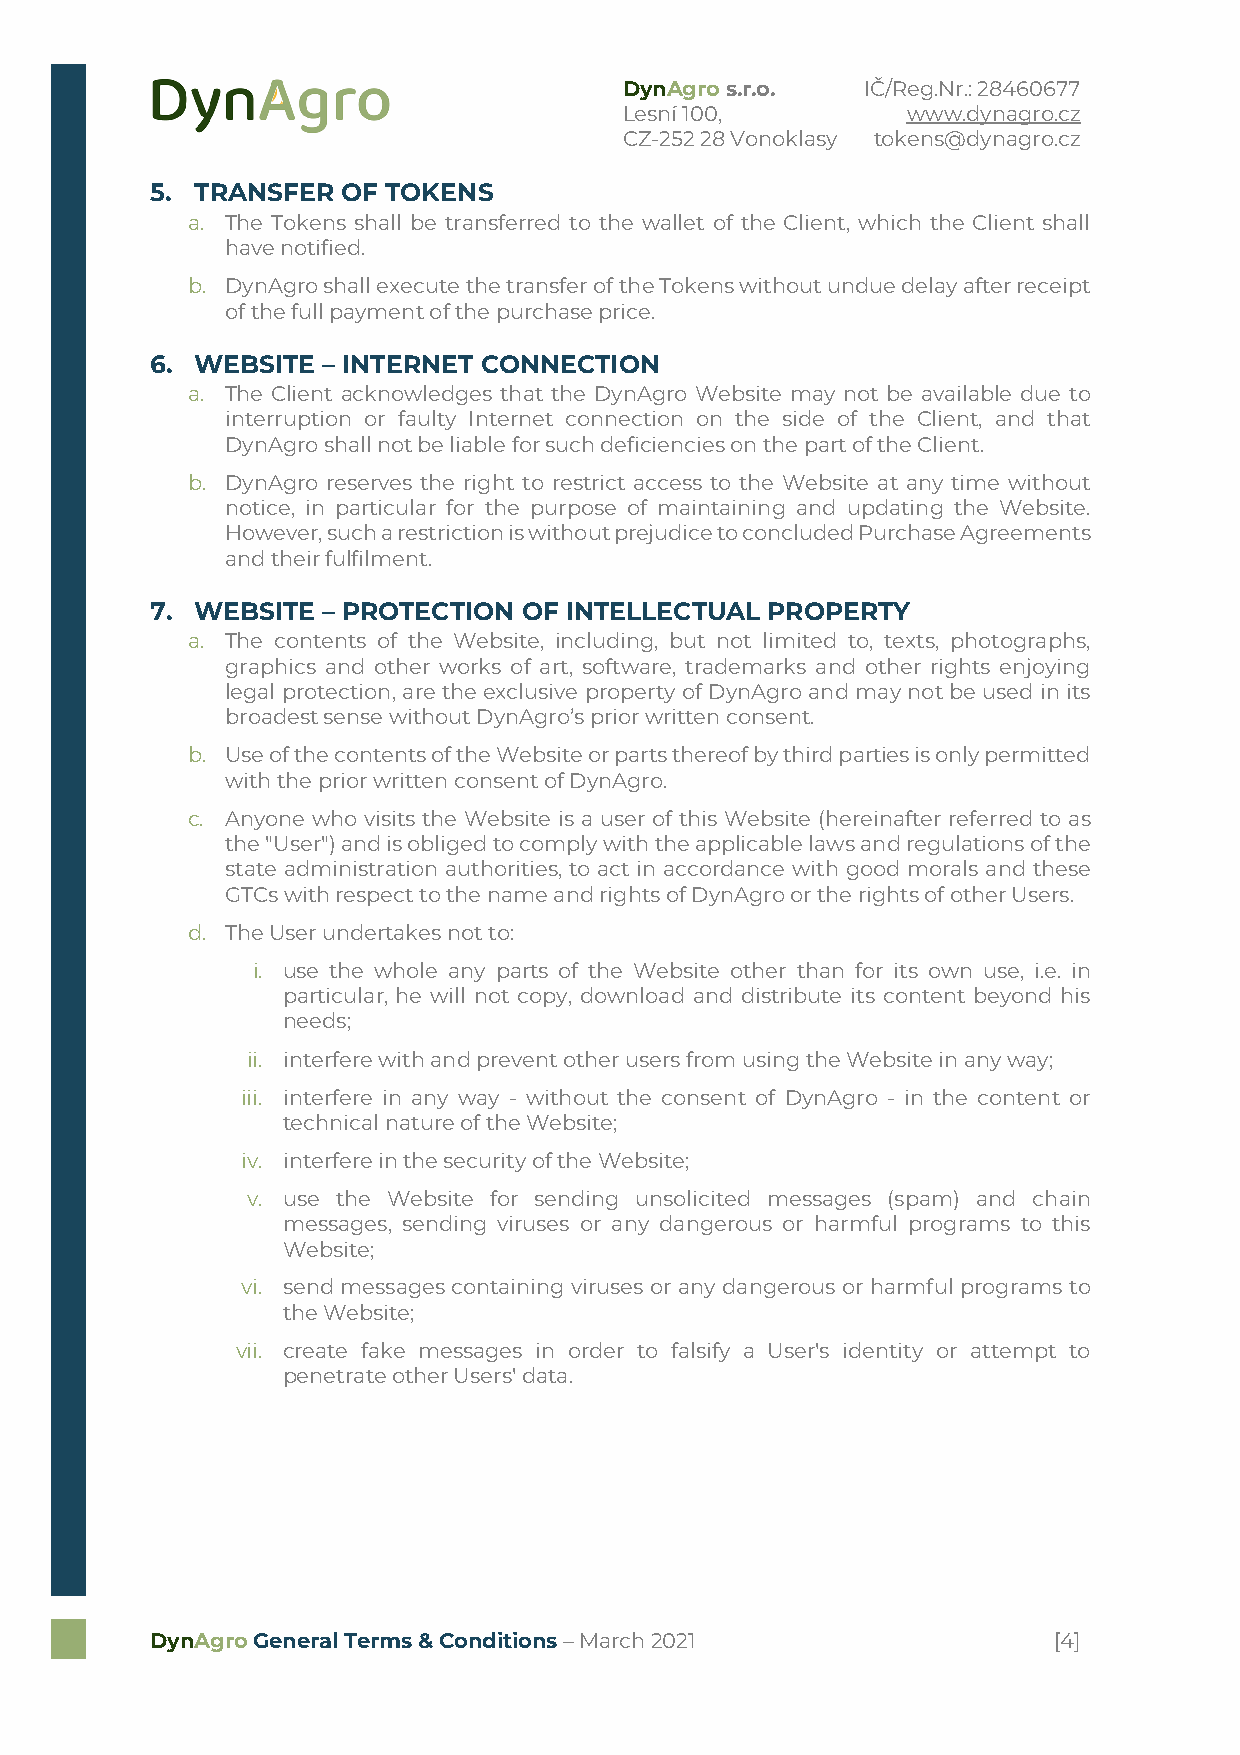
DynAgro s.r.o.  IČ/Reg.Nr.: 28460677
 Lesní 100,         www.dynagro.cz
 CZ-252 28 Vonoklasy tokens@dynagro.cz
 5. TRANSFER  OF TOKENS
 a. The Tokens shall be transferred to the wallet of the Client, which the Client shall
 have notified.
 b. DynAgro shall execute the transfer of the Tokens without undue delay after receipt
 of the full payment of the purchase price.
 6. WEBSITE – INTERNET CONNECTION
 a. The Client acknowledges that the DynAgro Website may not be available due to
 interruption or faulty Internet connection on the side of the Client, and that
 DynAgro shall not be liable for such deficiencies on the part of the Client.
 b. DynAgro reserves the right to restrict access to the Website at any time without
 notice, in particular for the purpose of maintaining and updating the Website.
 However, such a restriction is without prejudice to concluded Purchase Agreements
 and their fulfilment.
 7. WEBSITE – PROTECTION  OF INTELLECTUAL PROPERTY
 a. The contents of the Website, including, but not limited to, texts, photographs,
 graphics and other works of art, software, trademarks and other rights enjoying
 legal protection, are the exclusive property of DynAgro and may not be used in its
 broadest sense without DynAgro’s prior written consent.
 b. Use of the contents of the Website or parts thereof by third parties is only permitted
 with the prior written consent of DynAgro.
 c. Anyone who visits the Website is a user of this Website (hereinafter referred to as
 the "User") and is obliged to comply with the applicable laws and regulations of the
 state administration authorities, to act in accordance with good morals and these
 GTCs with respect to the name and rights of DynAgro or the rights of other Users.
 d. The User undertakes not to:
 i. use the whole any parts of the Website other than for its own use, i.e. in
 particular, he will not copy, download and distribute its content beyond his
 needs;
 ii. interfere with and prevent other users from using the Website in any way;
 iii. interfere in any way - without the consent of DynAgro - in the content or
 technical nature of the Website;
 iv. interfere in the security of the Website;
 v. use the Website for sending unsolicited messages (spam) and chain
 messages, sending viruses or any dangerous or harmful programs to this
 Website;
 vi. send messages containing viruses or any dangerous or harmful programs to
 the Website;
 vii. create fake messages in order to falsify a User's identity or attempt to
 penetrate other Users' data.
 DynAgro General Terms & Conditions – March 2021             [4]